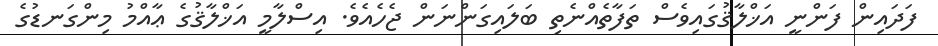
ފަދައިން ފަންނީ އަޚްލާޤުގައިވެސް ތަފާތެއްނެތި ބަލައިގަންނަން ޖެހެއެވެ. އިސްލާމީ އަޚްލާޤުގެ ޢާއްމު މިންގަނޑުގެ